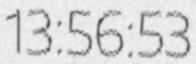
13:56:53